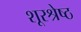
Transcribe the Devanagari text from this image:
शूरश्रेष्ठ